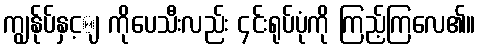
ကျွန်ုပ်နှင့ျ ကိုပေသီးလည်း ၄င်းရုပ်ပုံကို ကြည့်ကြလေ၏။